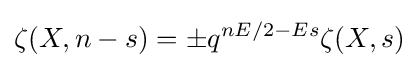
\zeta (X,n-s)=\pm q^{nE/2-Es}\zeta (X,s)